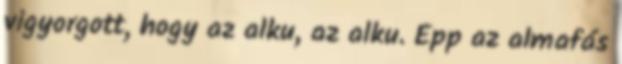
vigyorgott, hogy az alku, az alku. Épp az almafás